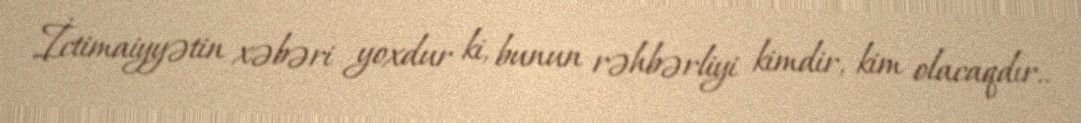
İctimaiyyətin xəbəri yoxdur ki, bunun rəhbərliyi kimdir, kim olacaqdır..